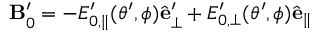
\mathbf { B } _ { 0 } ^ { \prime } = - E _ { 0 , \parallel } ^ { \prime } ( \theta ^ { \prime } , \phi ) \hat { \mathbf { e } } _ { \perp } ^ { \prime } + E _ { 0 , \perp } ^ { \prime } ( \theta ^ { \prime } , \phi ) \hat { \mathbf { e } } _ { \parallel }